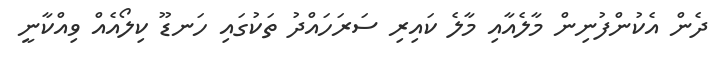
ދެން އެކުންފުނިން މާލެއާއި މާލެ ކައިރި ސަރަހައްދު ތަކުގައި ހަނޑޫ ކިލޯއެއް ވިއްކާނީ